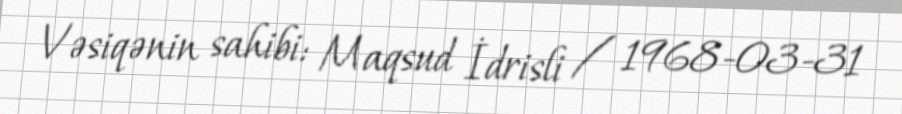
Vəsiqənin sahibi: Maqsud İdrisli / 1968-03-31